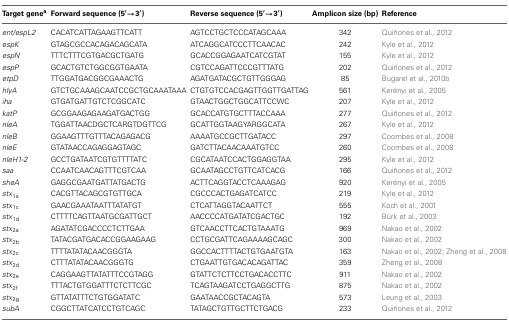
<table><thead><tr><td><b>Target gene<sup>a</sup></b></td><td><b>Forward sequence (5′ → 3′)</b></td><td><b>Reverse sequence (5′ → 3′)</b></td><td><b>Amplicon size (bp)</b></td><td><b>Reference</b></td></tr></thead><tbody><tr><td><i>ent/espL2</i></td><td>CACATCATTAGAAGTTCATT</td><td>AGTCCTGCTCCCATAGCAAA</td><td>342</td><td>Quiñones et al., 2012</td></tr><tr><td><i>espK</i></td><td>GTAGCGCCACAGACAGCATA</td><td>ATCAGGCATCCCTTCAACAC</td><td>242</td><td>Kyle et al., 2012</td></tr><tr><td><i>espN</i></td><td>TTTCTTTCGTGACGCTGATG</td><td>GCACCGGAGAATCATCGTAT</td><td>155</td><td>Kyle et al., 2012</td></tr><tr><td><i>espP</i></td><td>GCACTGTCTGGCGGTGAATA</td><td>CGTCCAGATTCCCGTTTATG</td><td>202</td><td>Quiñones et al., 2012</td></tr><tr><td><i>etpD</i></td><td>TTGGATGACGGCGAAACTG</td><td>AGATGATACGCTGTTGGGAG</td><td>85</td><td>Bugarel et al., 2010b</td></tr><tr><td><i>hlyA</i></td><td>GTCTGCAAAGCAATCCGCTGCAAATAAA</td><td>CTGTGTCCACGAGTTGGTTGATTAG</td><td>561</td><td>Kerényi et al., 2005</td></tr><tr><td><i>iha</i></td><td>GTGATGATTGTCTCGGCATC</td><td>GTAACTGGCTGGCATTCCWC</td><td>207</td><td>Kyle et al., 2012</td></tr><tr><td><i>katP</i></td><td>GCGGAAGAGAAGATGACTGG</td><td>GCACCATGTGCTTTACCAAA</td><td>277</td><td>Quiñones et al., 2012</td></tr><tr><td><i>nleA</i></td><td>TGGATTAACDGCTCARGTDGTTCG</td><td>GCATTGGTAAGYARGGCATA</td><td>267</td><td>Kyle et al., 2012</td></tr><tr><td><i>nleB</i></td><td>GGAAGTTTGTTTACAGAGACG</td><td>AAAATGCCGCTTGATACC</td><td>297</td><td>Coombes et al., 2008</td></tr><tr><td><i>nleE</i></td><td>GTATAACCAGAGGAGTAGC</td><td>GATCTTACAACAAATGTCC</td><td>260</td><td>Coombes et al., 2008</td></tr><tr><td><i>nleH1-2</i></td><td>GCCTGATAATCGTGTTTTATC</td><td>CGCATAATCCACTGGAGGTAA</td><td>295</td><td>Kyle et al., 2012</td></tr><tr><td><i>saa</i></td><td>CCAATCAACAGTTTCGTCAA</td><td>GCAATAGCCTGTTCATCACG</td><td>166</td><td>Quiñones et al., 2012</td></tr><tr><td><i>sheA</i></td><td>GAGGCGAATGATTATGACTG</td><td>ACTTCAGGTACCTCAAAGAG</td><td>920</td><td>Kerényi et al., 2005</td></tr><tr><td><i>stx</i><sub>1a</sub></td><td>CACGTTACAGCGTGTTGCA</td><td>CGCCCACTGAGATCATCC</td><td>219</td><td>Kyle et al., 2012</td></tr><tr><td><i>stx</i><sub>1c</sub></td><td>GAACGAAATAATTTATATGT</td><td>CTCATTAGGTACAATTCT</td><td>555</td><td>Koch et al., 2001</td></tr><tr><td><i>stx</i><sub>1d</sub></td><td>CTTTTCAGTTAATGCGATTGCT</td><td>AACCCCATGATATCGACTGC</td><td>192</td><td>Bürk et al., 2003</td></tr><tr><td><i>stx</i><sub>2a</sub></td><td>AGATATCGACCCCTCTTGAA</td><td>GTCAACCTTCACTGTAAATG</td><td>969</td><td>Nakao et al., 2002</td></tr><tr><td><i>stx</i><sub>2b</sub></td><td>TATACGATGACACCGGAAGAAG</td><td>CCTGCGATTCAGAAAAGCAGC</td><td>300</td><td>Nakao et al., 2002</td></tr><tr><td><i>stx</i><sub>2c</sub></td><td>TTTTATATACAACGGGTA</td><td>GGCCACTTTTACTGTGAATGTA</td><td>163</td><td>Nakao et al., 2002; Zheng et al., 2008</td></tr><tr><td><i>stx</i><sub>2d</sub></td><td>CTTTATATACAACGGGTG</td><td>CTGAATTGTGACACAGATTAC</td><td>359</td><td>Zheng et al., 2008</td></tr><tr><td><i>stx</i><sub>2e</sub></td><td>CAGGAAGTTATATTTCCGTAGG</td><td>GTATTCTCTTCCTGACACCTTC</td><td>911</td><td>Nakao et al., 2002</td></tr><tr><td><i>stx</i><sub>2f</sub></td><td>TTTACTGTGGATTTCTCTTCGC</td><td>TCAGTAAGATCCTGAGGCTTG</td><td>875</td><td>Nakao et al., 2002</td></tr><tr><td><i>stx</i><sub>2g</sub></td><td>GTTATATTTCTGTGGATATC</td><td>GAATAACCGCTACAGTA</td><td>573</td><td>Leung et al., 2003</td></tr><tr><td><i>subA</i></td><td>CGGCTTATCATCCTGTCAGC</td><td>TATAGCTGTTGCTTCTGACG</td><td>233</td><td>Quiñones et al., 2012</td></tr></tbody></table>